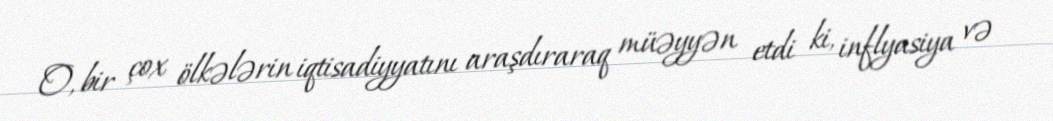
O, bir çox ölkələrin iqtisadiyyatını araşdıraraq müəyyən etdi ki, inflyasiya və